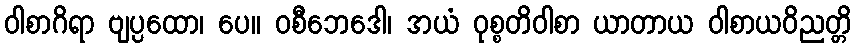
ဝါစာဂိရာ ဗျပ္ပထော၊ ပေ။ ဝစီဘေဒေါ၊ အယံ ဝုစ္စတိဝါစာ ယာတာယ ဝါစာယဝိညတ္တိ